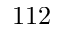
1 1 2